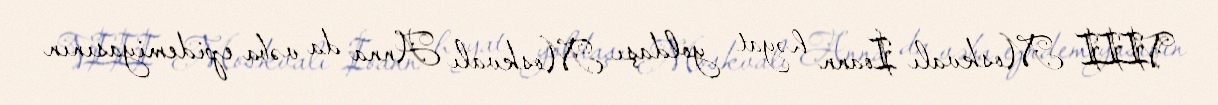
VIII Moskvalı İoann həyat yoldaşı Moskvalı Anna da vəba epidemiyasının